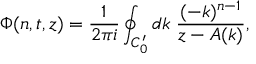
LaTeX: \Phi ( n , t , z ) = \frac { 1 } { 2 \pi i } \oint _ { C _ { 0 } ^ { \prime } } d k \; \frac { ( - k ) ^ { n - 1 } } { z - A ( k ) } ,